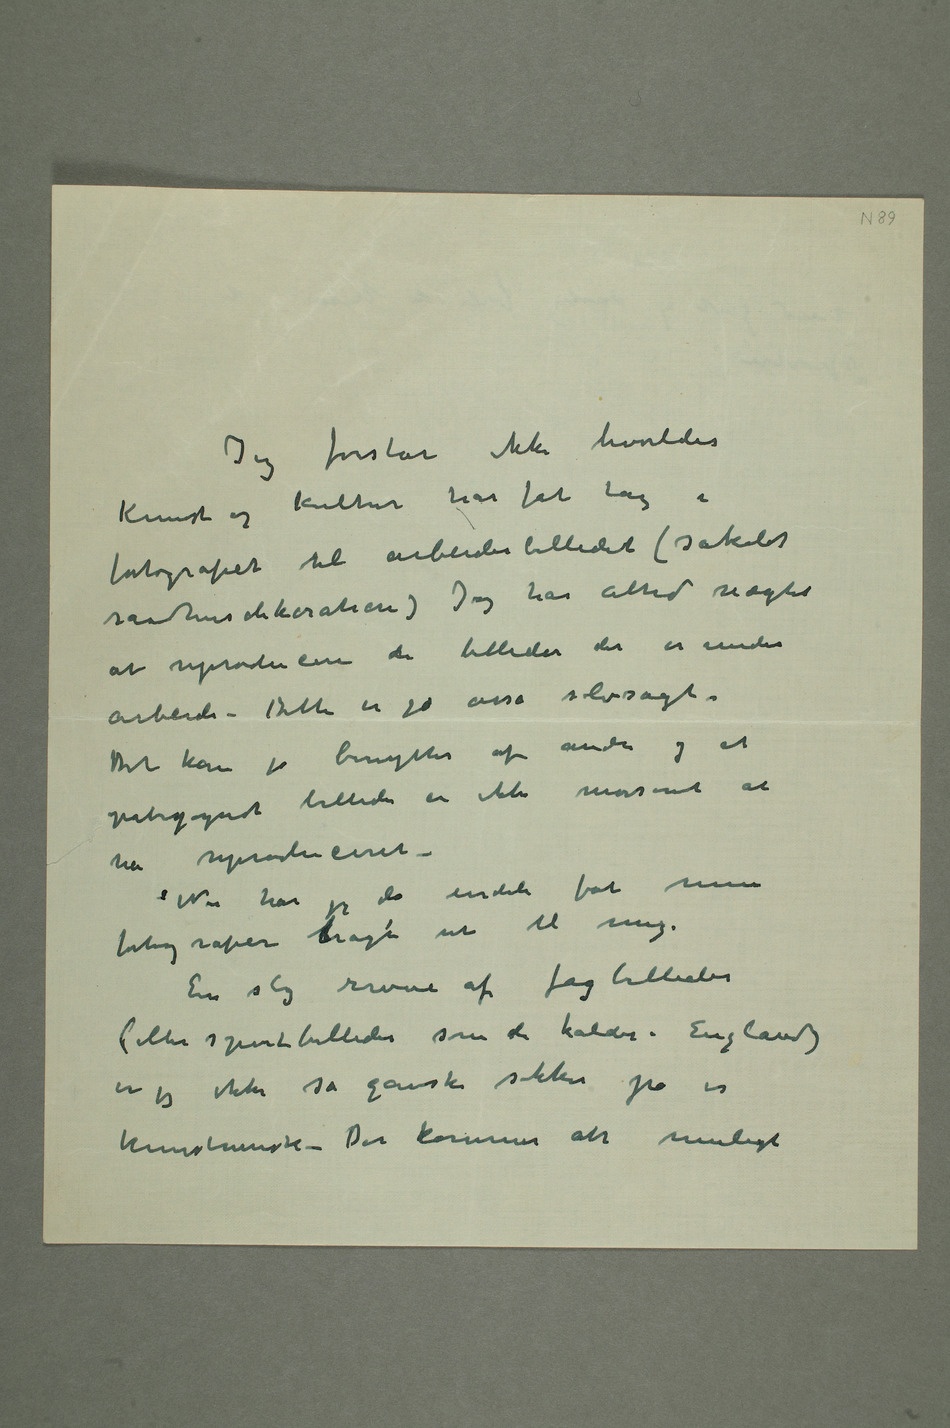
Jeg forstår ikke hvorledes
Kunst og kultur har fåt tag i
fotografiet til arbeiderbilledet (såkaldt
raadhusdekoration) Jeg har altid nægtet at
de billeder der er under
arbeide – Dette er jo osså selvsagt.
Det kan jo benyttes af andre og et
billede er ikke morsomt at
ha reproduceret
– Nu har jeg da endeli fåt mine
fotografier bragt ut til mig.
En slig revue af fagbilleder
(eller sportsbilleder som de kaldes i England)
er jeg ikke så ganske sikker på er
kunstnerisk – Der kommer alt muligt